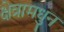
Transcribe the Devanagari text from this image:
क्षेत्रामधुन